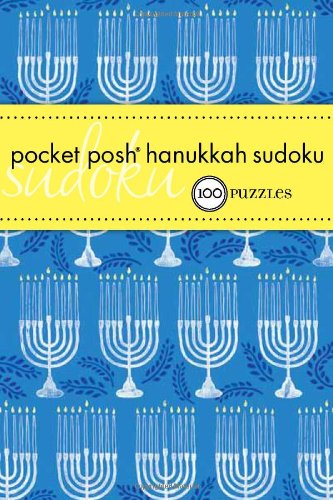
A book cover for Pocket Posh Hanukkah Sudoku: 100 Puzzles; The Puzzle Society; Religion & Spirituality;